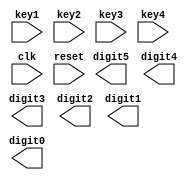
`timescale 1ns / 1ps
//////////////////////////////////////////////////////////////////////////////////
// Company: 
// Engineer: 
// 
// Design Name: 
// Module Name:    Set_time 
// Project Name: 
// Target Devices: 
// Tool versions: 
// Description: 
//
// Dependencies: 
//
// Revision: 
// Revision 0.01 - File Created
// Additional Comments: 
//
//////////////////////////////////////////////////////////////////////////////////
module Set_time(
    input key1,
    input key2,
    input key3,
    input key4,
    output [3:0] digit5,
    output [3:0] digit4,
    output [3:0] digit3,
    output [3:0] digit2,
    output [3:0] digit1,
    output [3:0] digit0,
    input clk,
    input reset
    );


endmodule